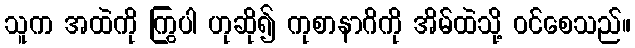
သူက အထဲကို ကြွပါ ဟုဆို၍ ကုစာနာဂိကို အိမ်ထဲသို့ ဝင်စေသည်။